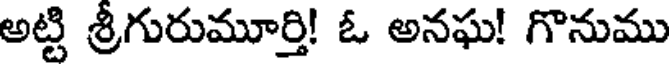
అట్టి శ్రీగురుమూర్తి! ఓ అనఘ! గొనుము